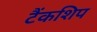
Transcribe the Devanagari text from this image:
टैंकशिप